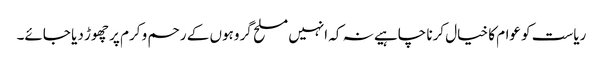
ریاست کو عوام کا خیال کرنا چاہیے نہ کہ انہیں مسلح گروہوں کے رحم و کرم پر چھوڑ دیا جائے۔